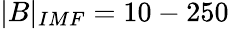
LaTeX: |B|_{IMF}=10-250